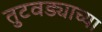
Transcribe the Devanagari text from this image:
तुटवड्याच्या